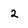
Character: 2